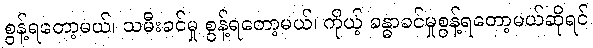
စွန့်ရတော့မယ်၊ သမီးခင်မှု စွန့်ရတော့မယ်၊ ကိုယ့် ခန္ဓာခင်မှုစွန့်ရတော့မယ်ဆိုရင်